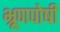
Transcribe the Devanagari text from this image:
भ्रूणपोषी